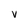
Character: V